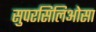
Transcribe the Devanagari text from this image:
सुपरसिलिओसा